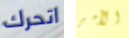
اتحرك الأمر